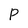
Character: p